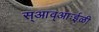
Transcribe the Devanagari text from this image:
स्आव्आःईळी